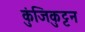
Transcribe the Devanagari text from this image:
कुंजिकुट्टन